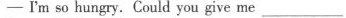
-I'm so hungry. Could you give me ___